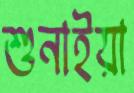
শুনাইয়া